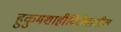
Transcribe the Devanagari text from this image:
हुकुमशाहीविरोधातील